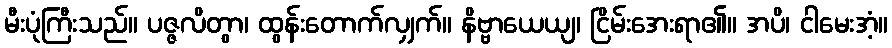
မီးပုံကြီးသည်။ ပဇ္ဇလိတွာ၊ ထွန်းတောက်လျှက်။ နိဗ္ဗာယေယျ၊ ငြိမ်းအေးရာ၏။ အပိ၊ ငါမေးအံ့။